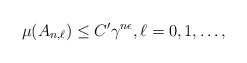
\begin{align*} \mu(A_{n,\ell})\leq C'\gamma^{n\epsilon}, \ell=0, 1,\ldots, \end{align*}